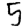
Digit: 5